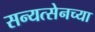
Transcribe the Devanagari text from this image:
सन्यत्सेनच्या